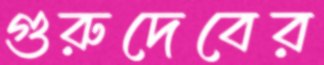
গুরুদেবের